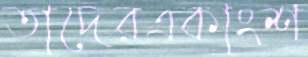
তাদেরএকাংশ